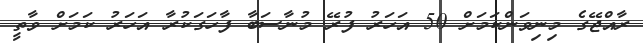
ރާއްޖޭގެ މިނިވަންކަމަށް 50 އަހަރު ފުރޭ މުނާސަބާ ފާހަގަކުރާ އަހަރު ކަމަށް ވާތީ